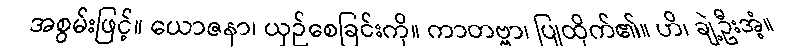
အစွမ်းဖြင့်။ ယောဇနာ၊ ယှဉ်စေခြင်းကို။ ကာတဗ္ဗာ၊ ပြုထိုက်၏။ ဟိ၊ ချဲ့ဦးအံ့။